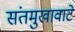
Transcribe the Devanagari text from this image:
संतमुखावाटें